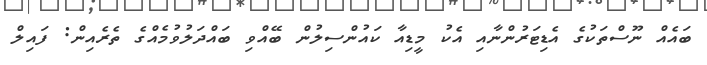
ބައެއް ނޫސްތަކުގެ އެޑިޓަރުންނާއި އެކު މީޑިއާ ކައުންސިލުން ބޭއްވި ބައްދަލުވުމެއްގެ ތެރެއިން: ފައިލް